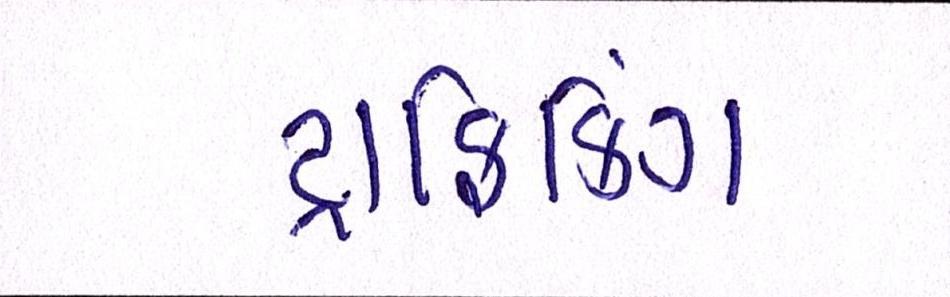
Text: ટ્રાફિકિંગ